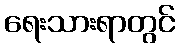
ရေးသားရာတွင်